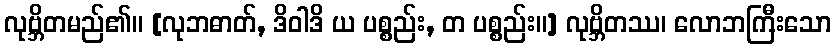
လုဗ္ဘိတမည်၏။ [လုဘဓာတ်, ဒိဝါဒိ ယ ပစ္စည်း, တ ပစ္စည်း။] လုဗ္ဘိတဿ၊ လောဘကြီးသော